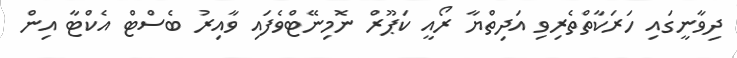
ދިވާނީގައި ހަރަކާތްތެރިވި އަދިތްޔާ ރޯއީ ކަޕޫރް ނޮމިނޭޓްވެފައި ވާއިރު ބެސްޓް އެކްޓާ އިން